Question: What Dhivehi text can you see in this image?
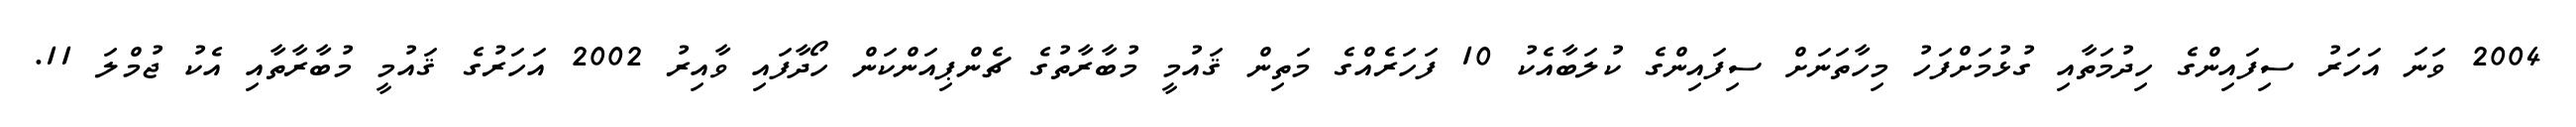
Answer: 2004 ވަނަ އަހަރު ސިފައިންގެ ހިދުމަތާއި ގުޅުމަށްފަހު މިހާތަނަށް ސިފައިންގެ ކުލަބާއެކު 10 ފަހަރެއްގެ މަތިން ޤައުމީ މުބާރާތުގެ ޗެންޕިއަންކަން ހޯދާފައި ވާއިރު 2002 އަހަރުގެ ޤައުމީ މުބާރާތާއި އެކު ޖުމްލަ 11.